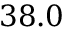
3 8 . 0